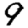
Digit: 9